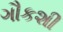
ગૌકશી